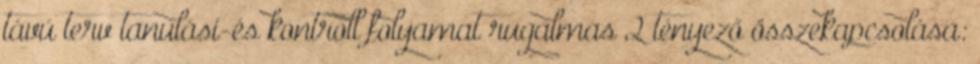
távú terv tanulási-és kontroll folyamat rugalmas 2 tényező összekapcsolása: